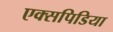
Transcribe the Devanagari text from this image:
एक्सपिडिया